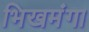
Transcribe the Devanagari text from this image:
भिखमंगा